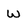
Character: w